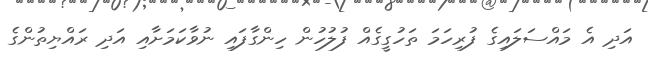
އަދި އެ މައްސަލައިގެ ފުރިހަމަ ތަހުގީގެއް ފުލުހުން ހިންގާފައި ނުވާކަމަށާއި އަދި ރައްޔިތުންގެ